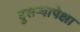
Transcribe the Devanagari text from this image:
दुसऱ्यापेक्षा